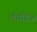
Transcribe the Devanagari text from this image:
लँगरिज